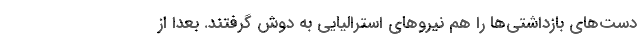
دست‌های بازداشتی‌ها را هم نیروهای استرالیایی به دوش گرفتند. بعدا از